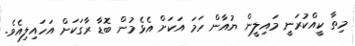
މިތާ ކީއްކުރަނީ މައިލީން ޔުއާން ހަމަ އަކަށް އެޅެމުން ބޮޑާ ރާގަކަށް އަހައިލިއެވެ.